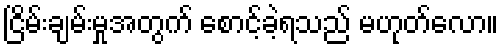
ငြိမ်းချမ်းမှုအတွက် စောင့်ခဲ့ရသည် မဟုတ်လော။